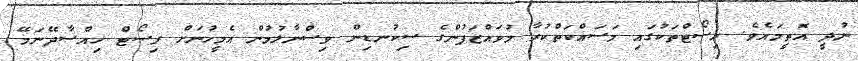
ނުދީ އޮތީމައެވެ. ރިސޯޓްތަކުގައި މަސައްކަތްކުރާ މުވައްޒަފުންގެ ސިކުނޑިން ވިސްނާލުމުން އެމީހުނަށް ރިސޯޓް ހިއްސާދޭނަމޭ